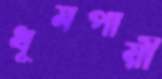
ধূমপায়ী